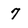
Character: 7